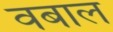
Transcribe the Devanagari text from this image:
वबाल